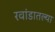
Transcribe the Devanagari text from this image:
रवांडातल्‍या